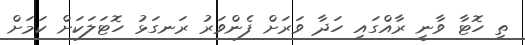
ތި ހޮޓާ ވާނީ ރާއްގައި ހަދާ ވަރަށް ފެންވަރު ރަނގަޅު ހޮޓަަލަކަށް ކަމަށް